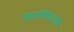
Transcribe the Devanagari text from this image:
पोस्टस्क्रिप्टटाइप